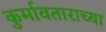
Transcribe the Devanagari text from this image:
कुर्मावताराच्या